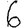
Digit: 7